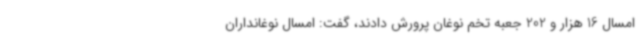
امسال 16 هزار و 202 جعبه تخم نوغان پرورش دادند، گفت: امسال نوغانداران